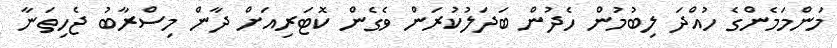
މަންމަމެންގެ ހުއްދަ ލިބުމުން ހެދުން ބަދަލުކުރަން ވެގެން ކޮޓަރިއަށް ދާން މިސްރާބު ޖެހިތަނާ